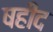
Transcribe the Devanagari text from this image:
षहीद